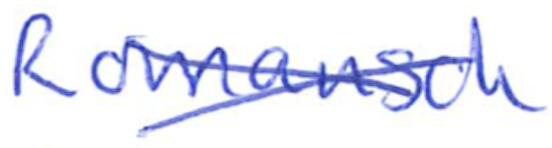
Text: Romansch
Cross-out: cross
Writing tool: ballpoint